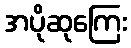
အပိုဆုကြေး